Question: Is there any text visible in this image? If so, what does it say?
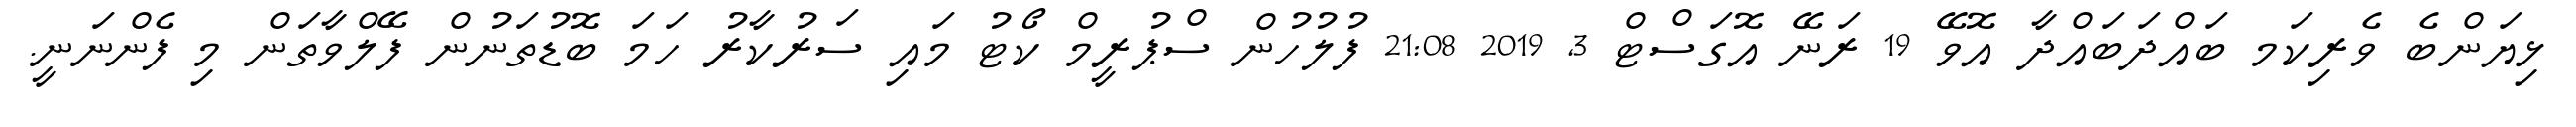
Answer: ޅިޔަންބެ ވެރިކަމ ބައްދަބައްދާ އޮވޭ 19 ރަނޭ އޮގަސްޓް 3, 2019 21:08 ފުލުހުން ސްޕުރީމް ކޯޓު މައި ސަރުކާރު ހަމަ ބޮޑުތަނުން ފޭލްވާތަން މި ފެންނަނީ.